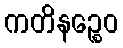
ကတိနဉ္စေဝ